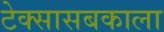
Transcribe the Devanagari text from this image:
टेक्सासबकाला